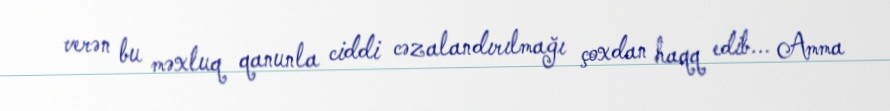
verən bu məxluq qanunla ciddi cəzalandırılmağı çoxdan haqq edib... Amma